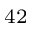
^ { 4 2 }